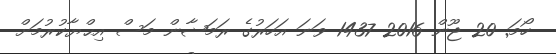
ހޯމަ